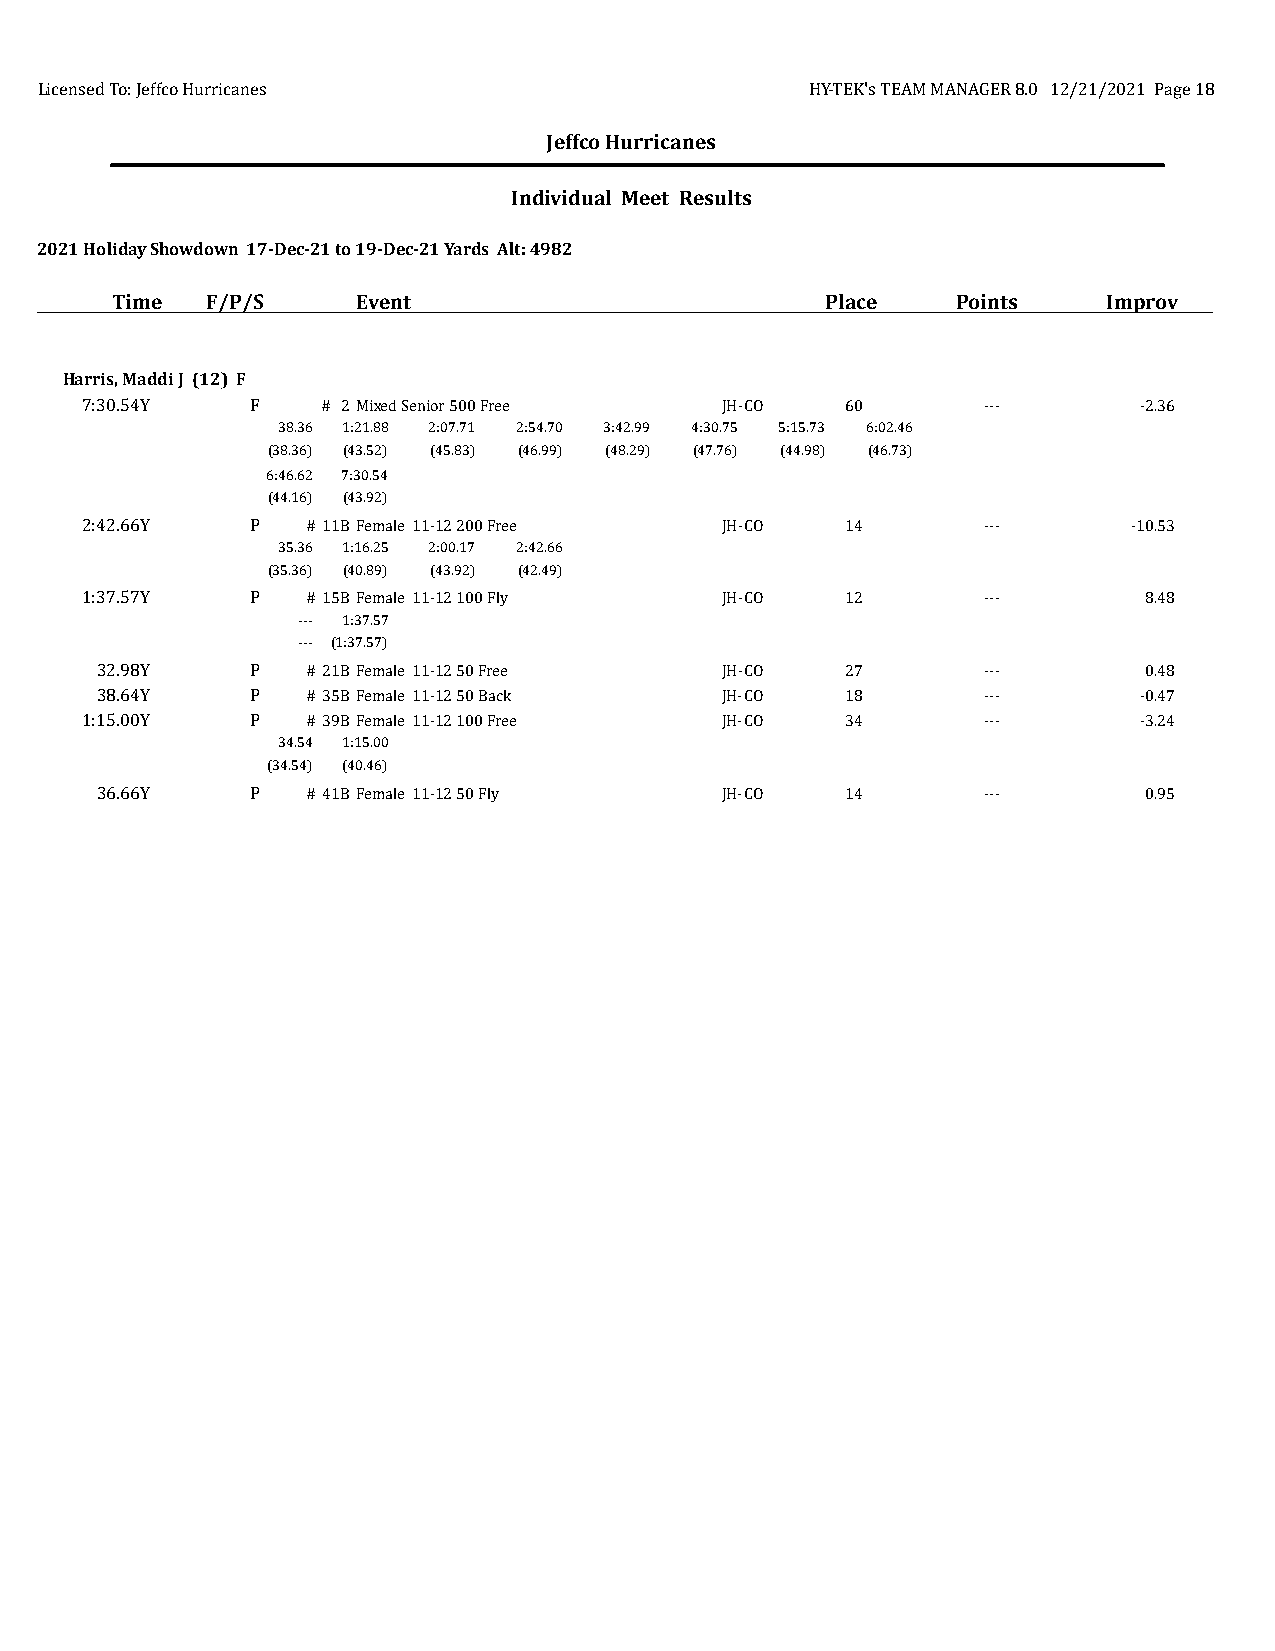
Licensed To: Jeffco Hurricanes                      HY-TEK's TEAM MANAGER 8.0 12/21/2021 Page 18
 Jeffco Hurricanes
 Individual Meet Results
 2021 Holiday Showdown 17-Dec-21 to 19-Dec-21 Yards Alt: 4982
 Time   F/P/S     Event                          Place   Points    Improv
 Harris, Maddi J (12) F
 7:30.54Y    F   # 2Mixed Senior 500 Free   JH-CO   60       ---       -2.36
 38.36 1:21.88 2:07.71 2:54.70 3:42.99 4:30.75 5:15.73 6:02.46
 (38.36) (43.52) (45.83) (46.99) (48.29) (47.76) (44.98) (46.73)
 6:46.62 7:30.54
 (44.16) (43.92)
 2:42.66Y    P  # 11BFemale 11-12 200 Free  JH-CO   14       ---       -10.53
 35.36 1:16.25 2:00.17 2:42.66
 (35.36) (40.89) (43.92) (42.49)
 1:37.57Y    P  # 15BFemale 11-12 100 Fly   JH-CO   12       ---        8.48
 --- 1:37.57
 --- (1:37.57)
 32.98Y     P  # 21BFemale 11-12 50 Free   JH-CO   27       ---        0.48
 38.64Y     P  # 35BFemale 11-12 50 Back   JH-CO   18       ---       -0.47
 1:15.00Y    P  # 39BFemale 11-12 100 Free  JH-CO   34       ---       -3.24
 34.54 1:15.00
 (34.54) (40.46)
 36.66Y     P  # 41BFemale 11-12 50 Fly    JH-CO   14       ---        0.95